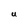
Character: U